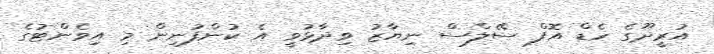
އުރީދޫގެ ހެޑް އޮފް ސޭލްސް ނިޔާޒު ވިދާޅުވީ އެ ކުންފުނިން މި އިވެންޓުގެ